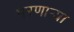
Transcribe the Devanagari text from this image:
मरणार्‍या